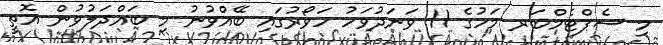
މި ސެޕްޓެމްބަރ މަހުގެ 11 ވަނަދުވަހު ހަވޯރުގައި ބޭއްވުނު މި ބައްދަލުވުން އޮތީ